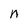
Character: n